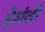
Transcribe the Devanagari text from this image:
हेमंती